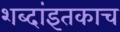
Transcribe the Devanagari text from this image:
शब्दांइतकाच